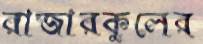
রাজারকুলের